Vaccination in the Punjab 1883-1896 - 1883-1896
Year: 1883
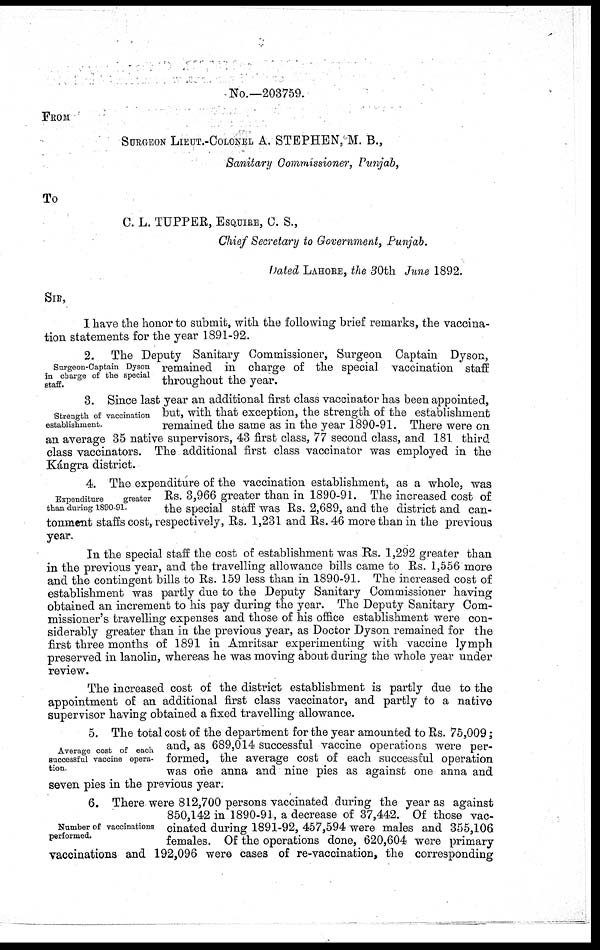
No.—203759.
FROM
SURGEON LIEUT.-COLONEL A. STEPHEN, M. B.,
Sanitary Commissioner, Punjab,
To
C. L. TUPPER, ESQUIRE, C. S.,
Chief Secretary to Government, Punjab.
Dated LAHORE, the 30th June 1892.
SIR,
I have the honor to submit, with the following brief remarks, the vaccina-
tion statements for the year 1891-92.
Surgeon-Captain Dyson
in charge of the special
staff.
2. The Deputy Sanitary Commissioner, Surgeon Captain Dyson,
remained in charge of the special vaccination staff
throughout the year.
Strength of vaccination
establishment.
3. Since last year an additional first class vaccinator has been appointed,
but, with that exception, the strength of the establishment
remained the same as in the year 1890-91. There were on
an average 35 native supervisors, 43 first class, 77 second class, and 181 third
class vaccinators. The additional first class vaccinator was employed in the
Kángra district.
Expenditure
greater
than during 1890-91.
4. The expenditúre of the vaccination establishment, as a whole, was
Rs. 3,966 greater than in 1890-91. The increased cost of
the special staff was Rs. 2,689, and the district and can-
tonment staffs cost, respectively, Rs. 1,231 and Rs.46 more than in the previous
year.
In the special staff the cost of establishment was Rs. 1,292 greater than
in the previous year, and the travelling allowance bills came to Rs. 1,556 more
and the contingent bills to Rs. 159 less than in 1890-91. The increased cost of
establishment was partly due to the Deputy Sanitary Commissioner having
obtained an increment to his pay during the year. The Deputy Sanitary Com-
missioner's travelling expenses and those of his office establishment were con-
siderably greater than in the previous year, as Doctor Dyson remained for the
first three months of 1891 in Amritsar experimenting with vaccine lymph
preserved in lanolin, whereas he was moving about during the whole year under
review.
The increased cost of the district establishment is partly due to the
appointment of an additional first class vaccinator, and partly to a native
supervisor having obtained a fixed travelling allowance.
Average cost of each
successful vaccine opera-
tion.
5. The total cost of the department for the year amounted to Rs. 75,009;
and, as 689,014 successful vaccine operations were per-
formed, the average cost of each successful operation
was one anna and nine pies as against one anna and
seven pies in the previous year.
Number of vaccinations
performed.
6. There were 812,700 persons vaccinated during the year as against
850,142 in 1890-91, a decrease of 37,442. Of those vac-
cinated during 1891-92, 457,594 were males and 355,106
females. Of the operations done, 620,604 were primary
vaccinations and 192,096 were cases of re-vaccination, the corresponding